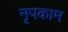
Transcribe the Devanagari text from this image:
नृपकाम